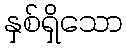
နှစ်ရှိသော